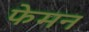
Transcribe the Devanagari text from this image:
फेमन